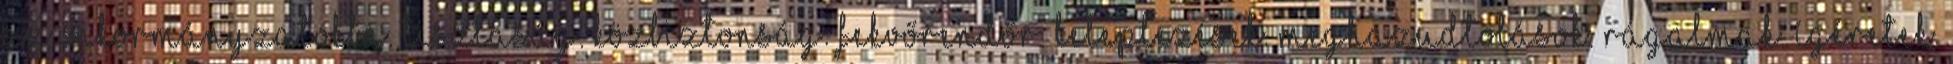
az önkormányzatokba. Tisztaság. Közbiztonság. Fekvőrendőr. Leleplezések. Meghazudtolások. Rágalmak. Ígéretek.